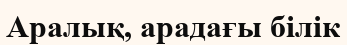
Аралық, арадағы білік